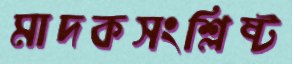
মাদকসংশ্লিষ্ট